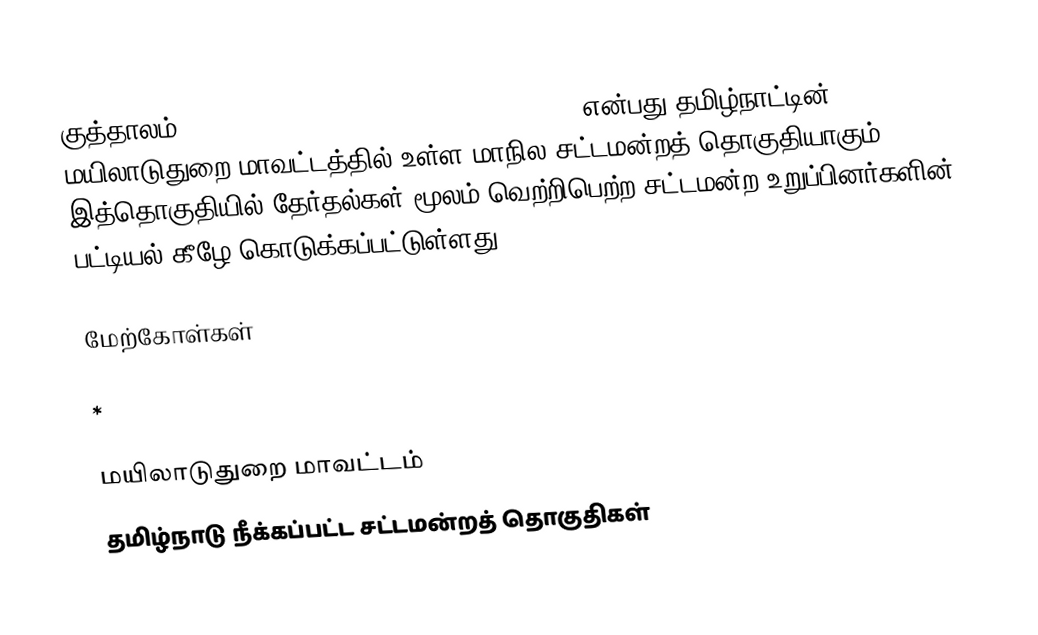
குத்தாலம் (Kuttalam - state assembly constituency)என்பது தமிழ்நாட்டின் மயிலாடுதுறை மாவட்டத்தில் உள்ள மாநில சட்டமன்றத் தொகுதியாகும். இத்தொகுதியில் தேர்தல்கள் மூலம் வெற்றிபெற்ற சட்டமன்ற உறுப்பினர்களின் பட்டியல் கீழே கொடுக்கப்பட்டுள்ளது.

மேற்கோள்கள்

 *

மயிலாடுதுறை மாவட்டம்
தமிழ்நாடு நீக்கப்பட்ட சட்டமன்றத் தொகுதிகள்